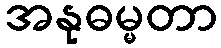
အနုဓမ္မတာ